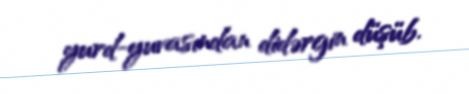
yurd-yuvasından didərgin düşüb.